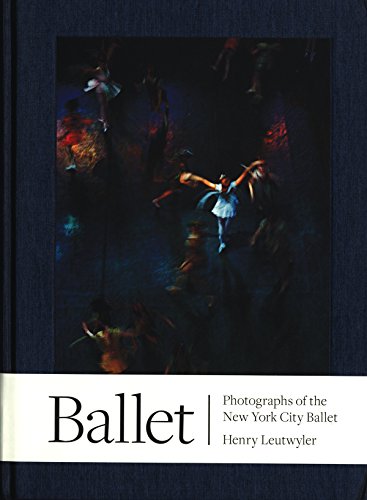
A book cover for Henry Leutwyler: Ballet: Photographs of the New York City Ballet; Humor & Entertainment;